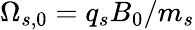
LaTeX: \Omega_{s,0}=q_{s}B_{0}/m_{s}